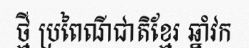
ថ្មី ប្រពៃណីជាតិខ្មែរ ឆ្នាំវក